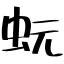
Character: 蚖